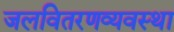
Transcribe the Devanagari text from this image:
जलवितरणव्यवस्था